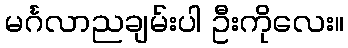
မင်္ဂလာညချမ်းပါ ဦးကိုလေး။